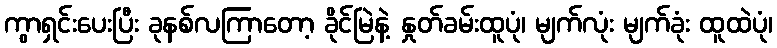
ကွာရှင်းပေးပြီး ခုနစ်လကြာတော့ ခိုင်မြဲနဲ့ နှုတ်ခမ်းထူပုံ၊ မျက်လုံး မျက်ခုံး ထူထဲပုံ၊